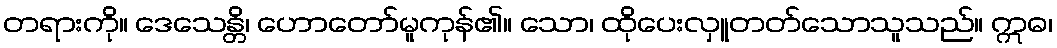
တရားကို။ ဒေသေန္တိ၊ ဟောတော်မူကုန်၏။ သော၊ ထိုပေးလှူတတ်သောသူသည်။ ဣဓ၊